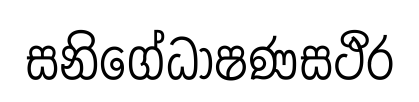
සනිගේධාෂණසථිර